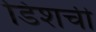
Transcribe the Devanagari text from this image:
डिशची